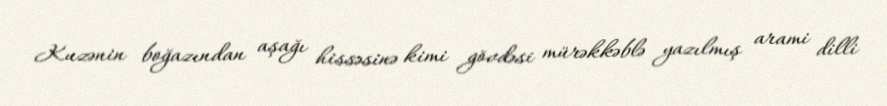
Kuzənin boğazından aşağı hissəsinə kimi gövdəsi mürəkkəblə yazılmış arami dilli